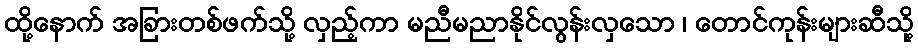
ထို့နောက် အခြားတစ်ဖက်သို့ လှည့်ကာ မညီမညာနိုင်လွန်းလှသော ၊ တောင်ကုန်းများဆီသို့